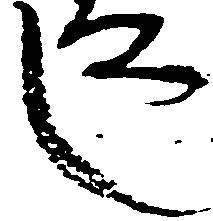
し